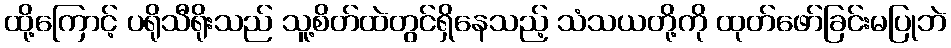
ထို့ကြောင့် ပရိုသီရိုးသည် သူ့စိတ်ထဲတွင်ရှိနေသည့် သံသယတို့ကို ထုတ်ဖော်ခြင်းမပြုဘဲ